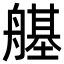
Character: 𦪆